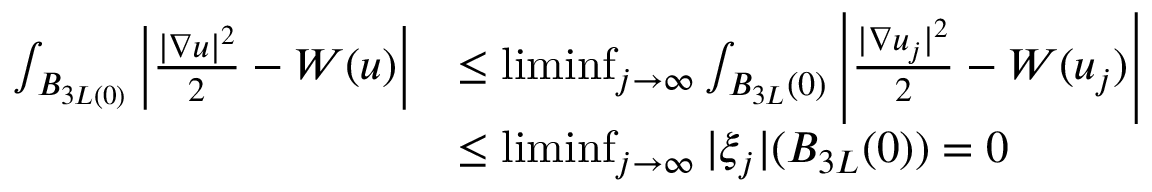
\begin{array} { r l } { \int _ { B _ { 3 L ( 0 ) } } \left| \frac { | \nabla u | ^ { 2 } } { 2 } - W ( u ) \right| } & { \leq \operatorname* { l i m i n f } _ { j \rightarrow \infty } \int _ { B _ { 3 L } ( 0 ) } \left| \frac { | \nabla u _ { j } | ^ { 2 } } { 2 } - W ( u _ { j } ) \right| } \\ & { \leq \operatorname* { l i m i n f } _ { j \rightarrow \infty } | \xi _ { j } | ( B _ { 3 L } ( 0 ) ) = 0 } \end{array}